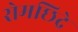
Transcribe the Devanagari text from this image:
रोमछिद्रे